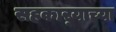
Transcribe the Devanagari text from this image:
सहकार्‍याच्या